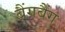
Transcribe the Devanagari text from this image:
बैंगबैंग